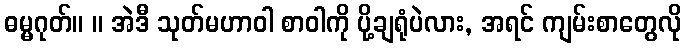
ဓမ္မဂုတ်။ ။ အဲဒီ သုတ်မဟာဝါ စာဝါကို ပို့ချရုံပဲလား, အရင် ကျမ်းစာတွေလို